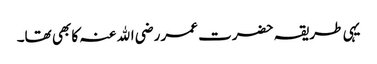
یہی طریقہ حضرت عمر رضی اﷲ عنہ کا بھی تھا۔